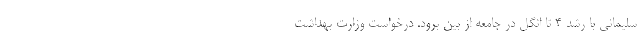
سلیمانی با رشد 4 تا انگل در جامعه از بین برود. درخواست وزارت بهداشت